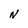
Character: N